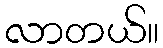
လာတယ်။